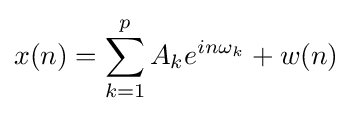
x(n)=\sum _{k=1}^{p}A_{k}e^{in\omega _{k}}+w(n)